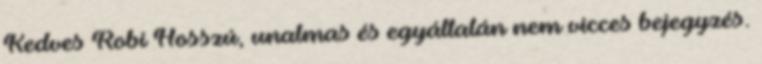
Kedves Robi Hosszú, unalmas és egyáltalán nem vicces bejegyzés.